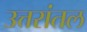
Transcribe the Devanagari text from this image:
उत्तरांतल